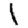
Digit: 1